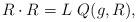
LaTeX: \begin{align*}R\cdot R=L \,\,Q(g,R),\end{align*}